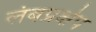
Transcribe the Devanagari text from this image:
लंबप्रक्षेप